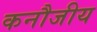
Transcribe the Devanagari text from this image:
कनौजीय